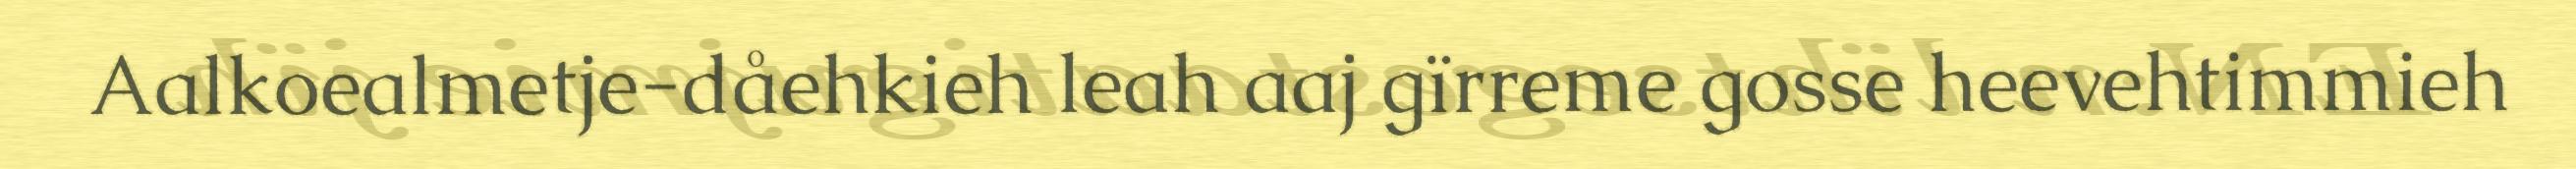
Aalkoealmetje-dåehkieh leah aaj gïrreme gosse heevehtimmieh